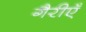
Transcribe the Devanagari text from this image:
गैरीएँ